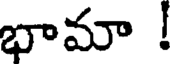
భామా !